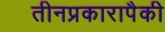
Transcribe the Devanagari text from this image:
तीनप्रकारापैकी